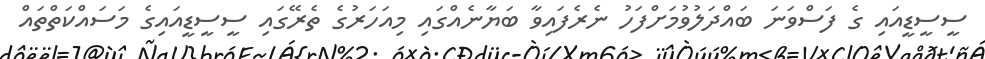
ސީސީޑީއައި ގެ ފަސްވަނަ ބައްދަލުވުމަށްފަހު ނެރެފައިވާ ބަޔާނެއްގައި މިއަހަރުގެ ތެރޭގައި ސީސީޑީއައިގެ މަސައްކަތްތައް